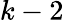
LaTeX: k-2